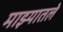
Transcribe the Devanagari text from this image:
माझ्यातले